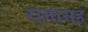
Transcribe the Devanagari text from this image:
रामासह